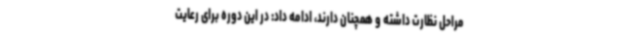
مراحل نظارت داشته و همچنان دارند، ادامه داد: در این دوره برای رعایت